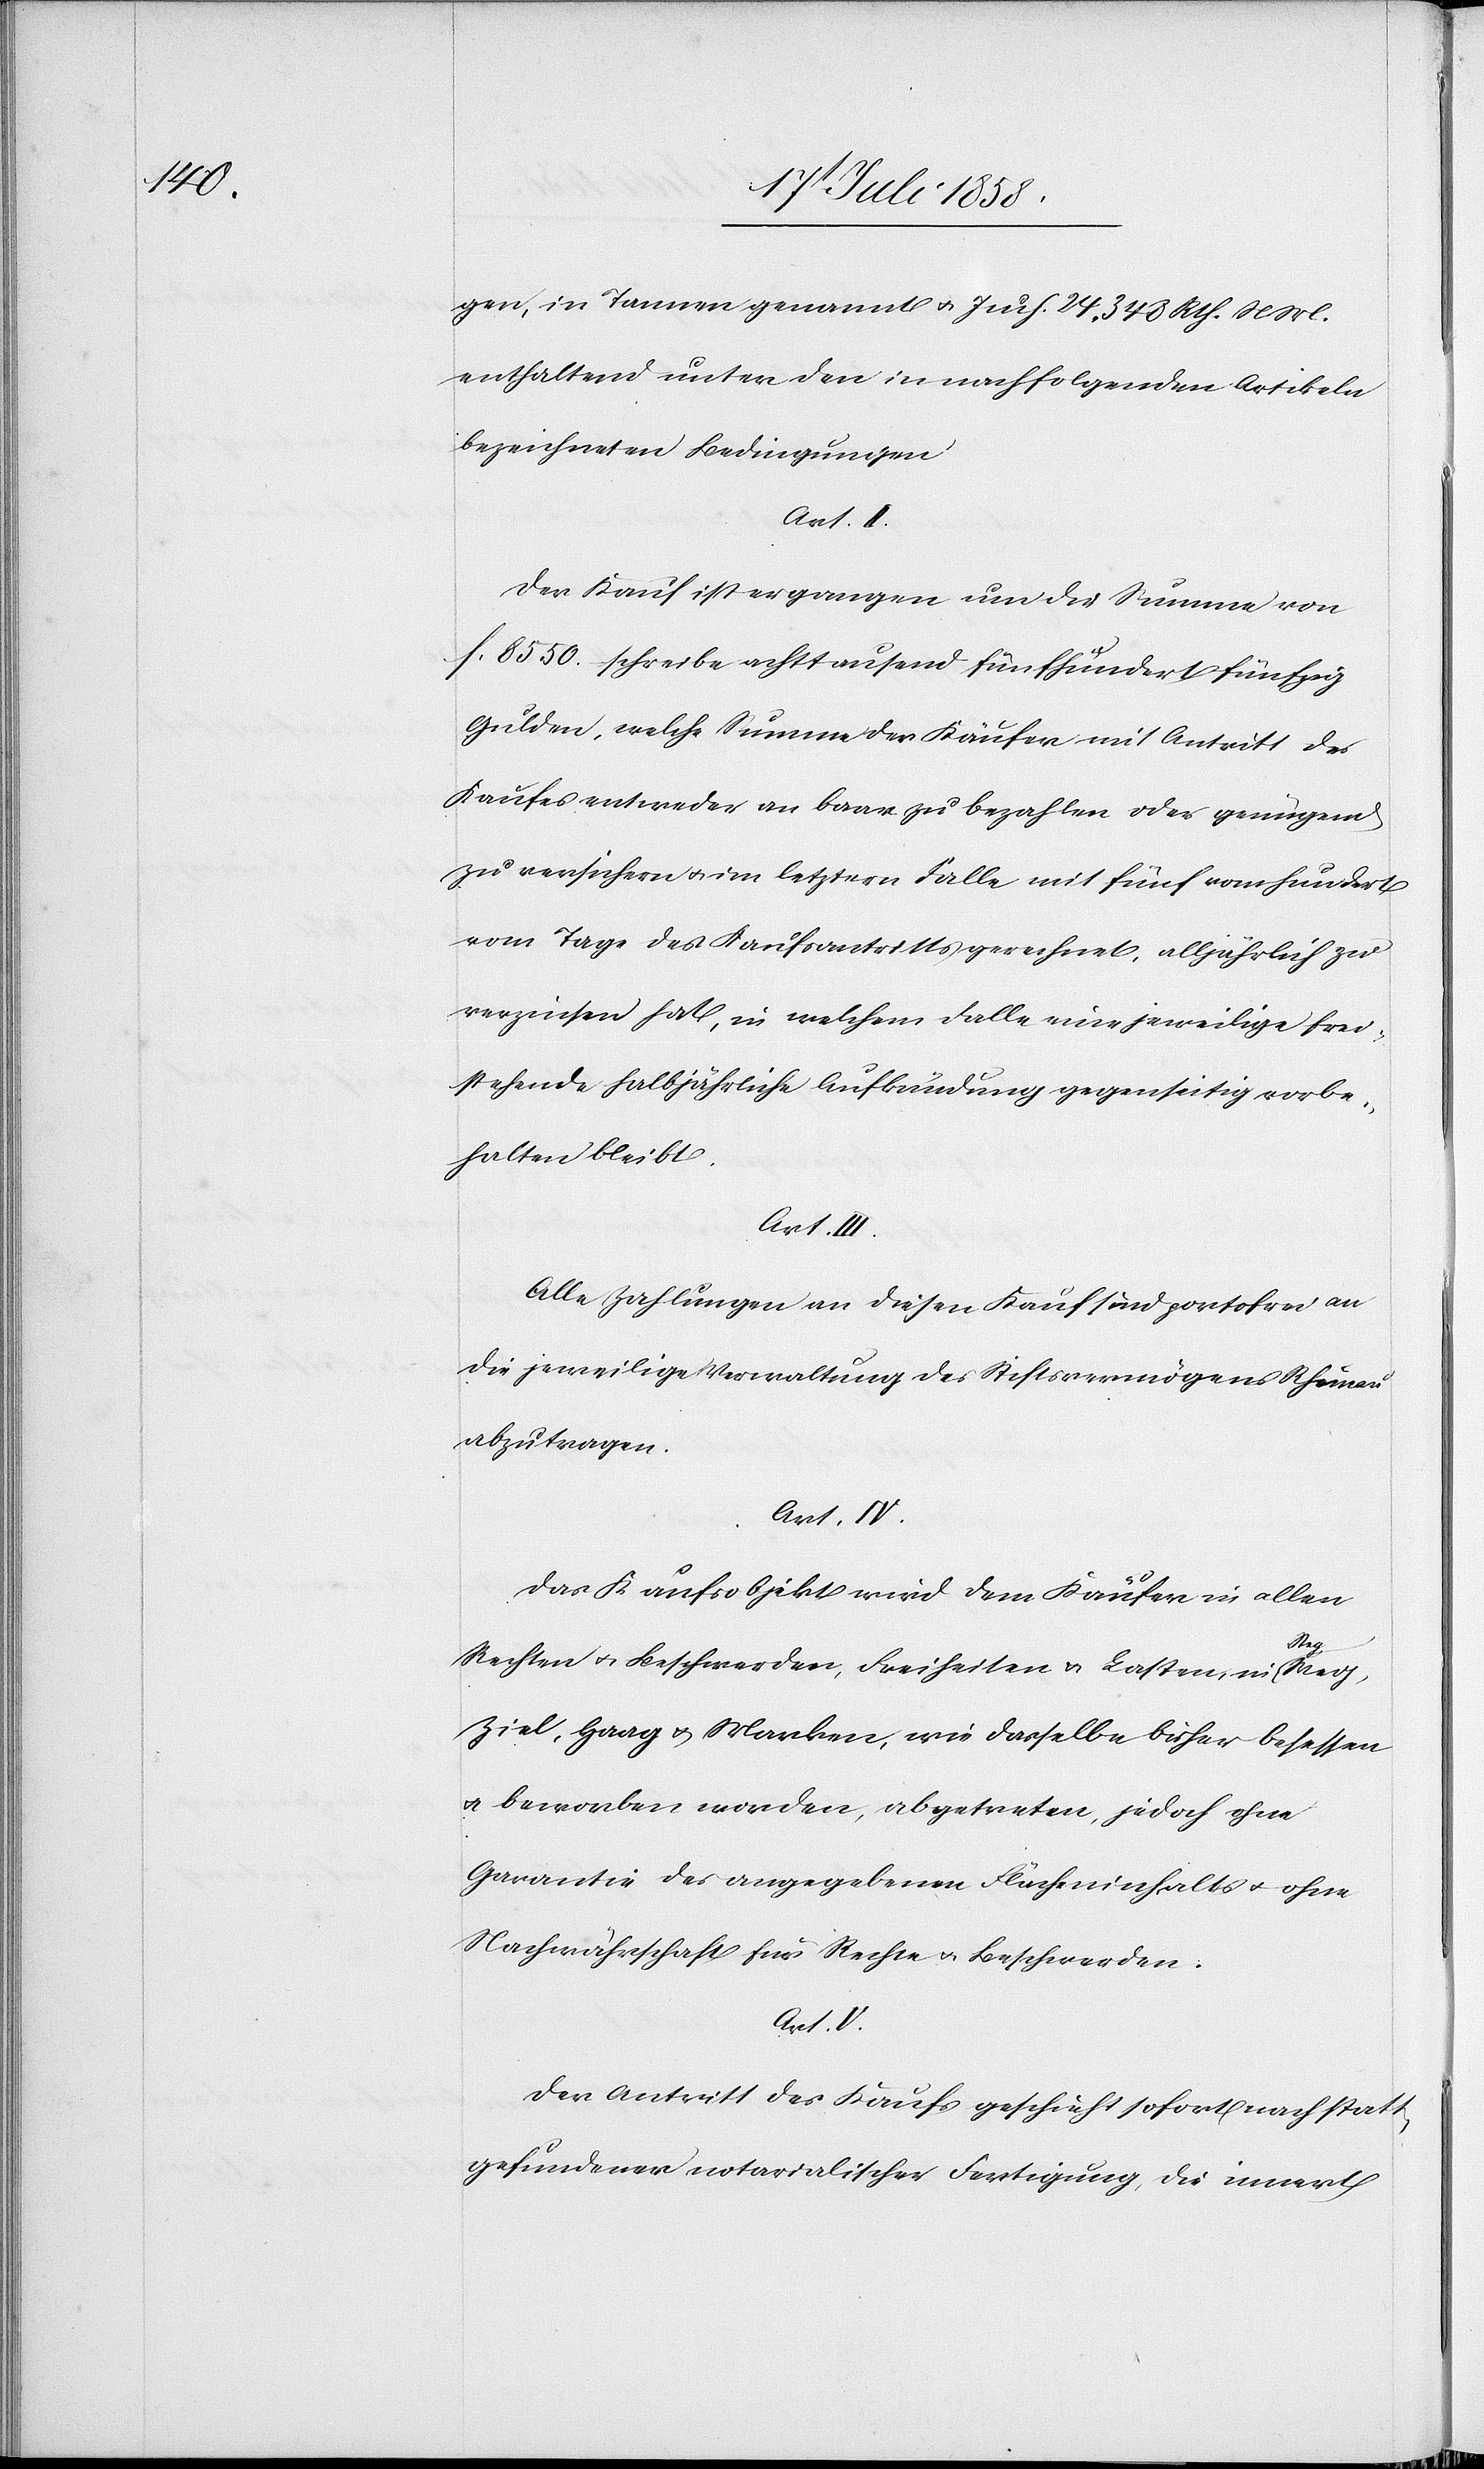
gen, in Tannen genannt & Juch. 24. 348 Rth. N. M.
enthaltend unter den in nachfolgenden Artikeln
bezeichneten Bedingungen
Art. II.
Der Kauf ist ergangen um die Summe von
f. 8550. – schreibe achttausend fünfhundert fünfzig
Gulden, welche Summe der Käufer mit Antritt des
Kaufes entweder an baar zu bezahlen oder genügend
zu versichern & im letztern Falle mit fünf vom hundert
vom Tage des Kaufsantritts gerechnet, alljährlich zu
verzinsen hat, in welchem Falle eine jeweilige frei¬
stehende halbjährliche Aufkündung gegenseitig vorbe¬
halten bleibt.
Art. III.
Alle Zahlungen an diesen Kauf sind portofrei an
die jeweilige Verwaltung des Stiftsvermögens Rheinau
abzutragen.
Art. IV.
Das Kaufsobjekt wird dem Käufer in allen
Rechten & Beschwerden, Freiheiten & Lasten, in Steg,
Ziel, Haag & Marken, wie dasselbe bisher besessen
& beworben worden, abgetreten, jedoch ohne
Garantie des angegebenen Flächeninhalts & ohne
Nachwährschaft für Rechte & Beschwerden.
Art. V.
Der Antritt des Kaufs geschieht sofort nach statt¬
gefundener notarialischer Fertigung, die innert